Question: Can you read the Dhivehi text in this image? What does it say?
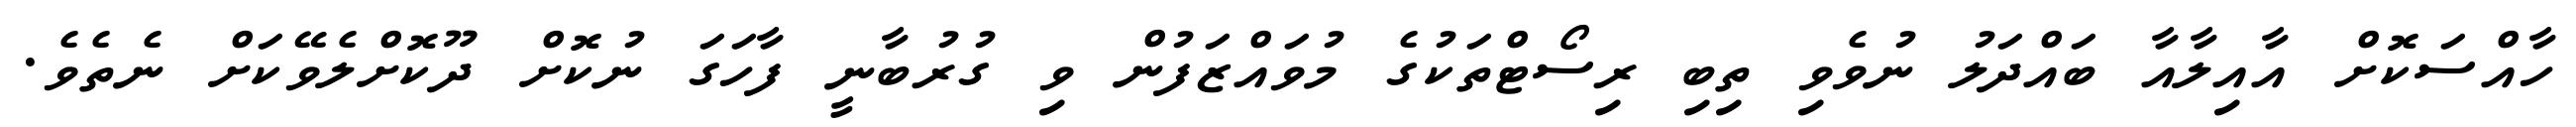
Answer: ހާއްސަކޮށް އާއިލާއާ ބައްދަލު ނުވެވި ތިބި ރިސޯޓްތަކުގެ މުވައްޒަފުން ވި ގުރުބާނީ ފާހަގަ ނުކޮށް ދޫކޮށްލެވޭކަށް ނެތެވެ.